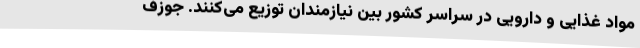
مواد غذایی و دارویی در سراسر کشور بین نیازمندان توزیع می‌کنند. جوزف